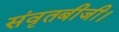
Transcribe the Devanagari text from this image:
संवृतबीजी।